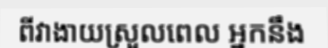
ពីវាងាយស្រួលពេល អ្នកនឹង